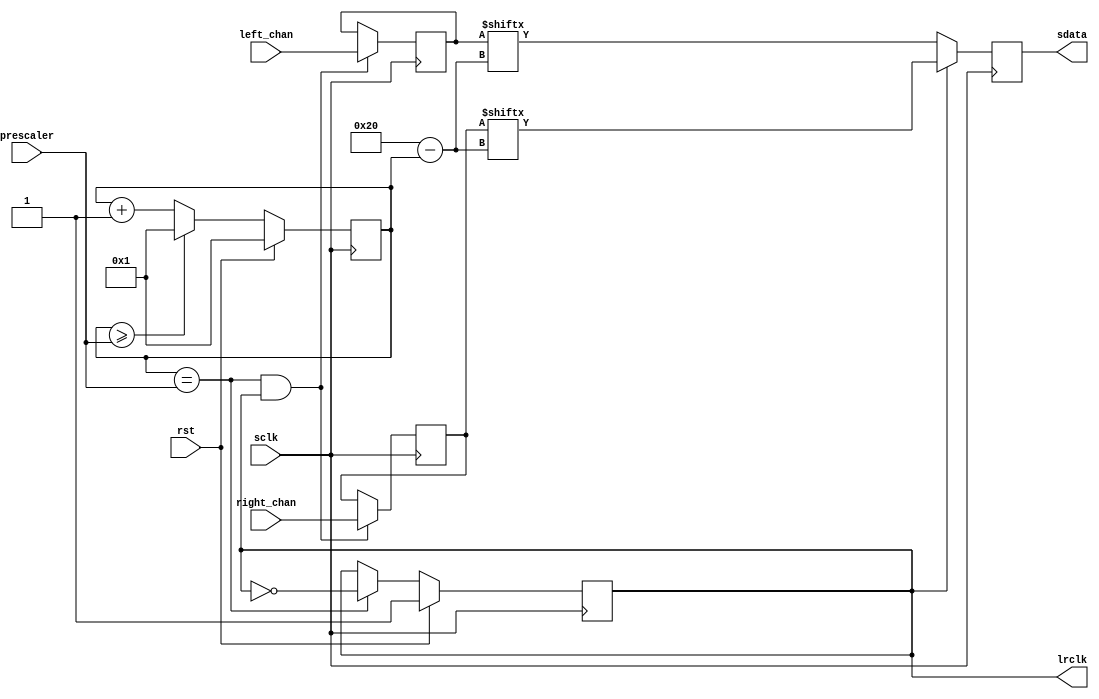
module i2s_tx #(
	parameter AUDIO_DW	= 32
)(
	input			sclk,
	input			rst,

	// Prescaler for lrclk generation from sclk should hold the number of
	// sclk cycles per channel (left and right).
	input [AUDIO_DW-1:0]	prescaler,

	output reg		lrclk = 0,
	output reg		sdata,

	// Parallel datastreams
	input [AUDIO_DW-1:0]	left_chan,
	input [AUDIO_DW-1:0]	right_chan
);

reg [AUDIO_DW-1:0]		bit_cnt = 0;
reg [AUDIO_DW-1:0]		left = 0;
reg [AUDIO_DW-1:0]		right = 1;

always @(posedge sclk) begin
	if (rst)
		bit_cnt <= 1;
	else if (bit_cnt >= prescaler)
		bit_cnt <= 1;
	else
		bit_cnt <= bit_cnt + 1;
end

// Sample channels on the transfer of the last bit of the right channel
always @(posedge sclk) begin
	// if (bit_cnt == prescaler && ~lrclk) begin
	// 	left <= left + 8'h2;
	// 	right <= right + 8'h2;
	// end
	if (bit_cnt == prescaler && lrclk) begin
		left <= left_chan;
		right <= right_chan;
	end
end

// left/right "clock" generation - 0 = left, 1 = right
always @(posedge sclk) begin
	if (rst)
		lrclk <= 1;
	else if (bit_cnt == prescaler)
		lrclk <= ~lrclk;
end

always @(posedge sclk) begin
	sdata <= lrclk ? right[AUDIO_DW - bit_cnt] : left[AUDIO_DW - bit_cnt];
	// sdata <= left[AUDIO_DW - bit_cnt];
end

endmodule